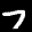
Label: 7